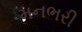
મનભરી